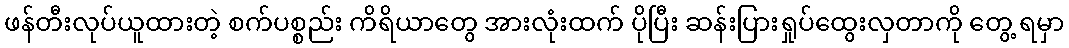
ဖန်တီးလုပ်ယူထားတဲ့ စက်ပစ္စည်း ကိရိယာတွေ အားလုံးထက် ပိုပြီး ဆန်းပြားရှုပ်ထွေးလှတာကို တွေ့ ရမှာ